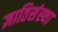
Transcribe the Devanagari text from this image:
ज्ञातिसंस्था